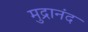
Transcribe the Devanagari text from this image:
मुद्रानंद